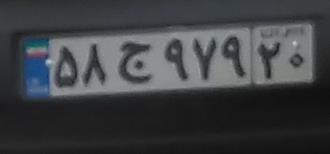
۵۸ج۹۷۹۲۰